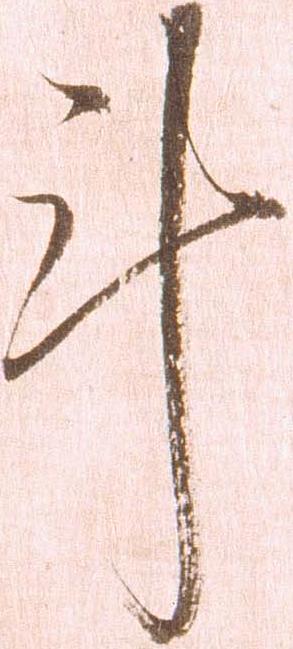
計